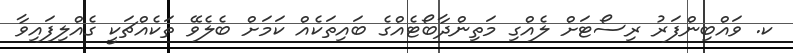
ކ. ވައްބިންފަރު ރިސޯޓަށް ލެއްގި މަތިންދާބޯޓެއްގެ ބައިތަކެއް ކަމަށް ބެލެވޭ ތަކެއްޗަކީ ގެއްލިފައިވާ